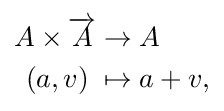
{\begin{aligned}A\times {\overrightarrow {A}}&\to A\\(a,v)\;&\mapsto a+v,\end{aligned}}